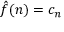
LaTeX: { \hat { f } } ( n ) = c _ { n }